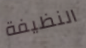
النظيفة